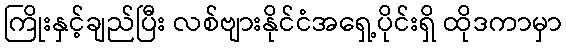
ကြိုးနှင့်ချည်ပြီး လစ်ဗျားနိုင်ငံအရှေ့ပိုင်းရှိ ထိုဒကာမှာ